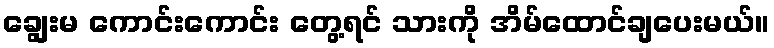
ချွေးမ ကောင်းကောင်း တွေ့ရင် သားကို အိမ်ထောင်ချပေးမယ်။